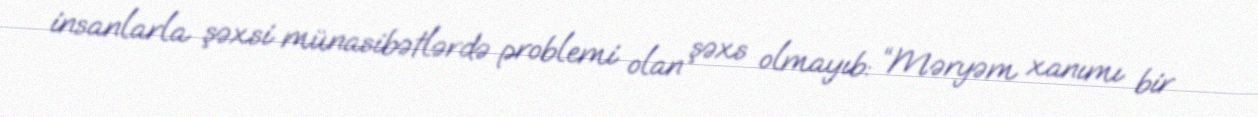
insanlarla şəxsi münasibətlərdə problemi olan şəxs olmayıb: “Məryəm xanımı bir